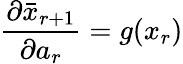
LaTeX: \frac{\partial\bar{x}_{r+1}}{\partial a_{r}}=g(x_{r})